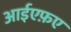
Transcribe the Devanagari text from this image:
आईएफ़ए